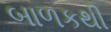
બાળકથી